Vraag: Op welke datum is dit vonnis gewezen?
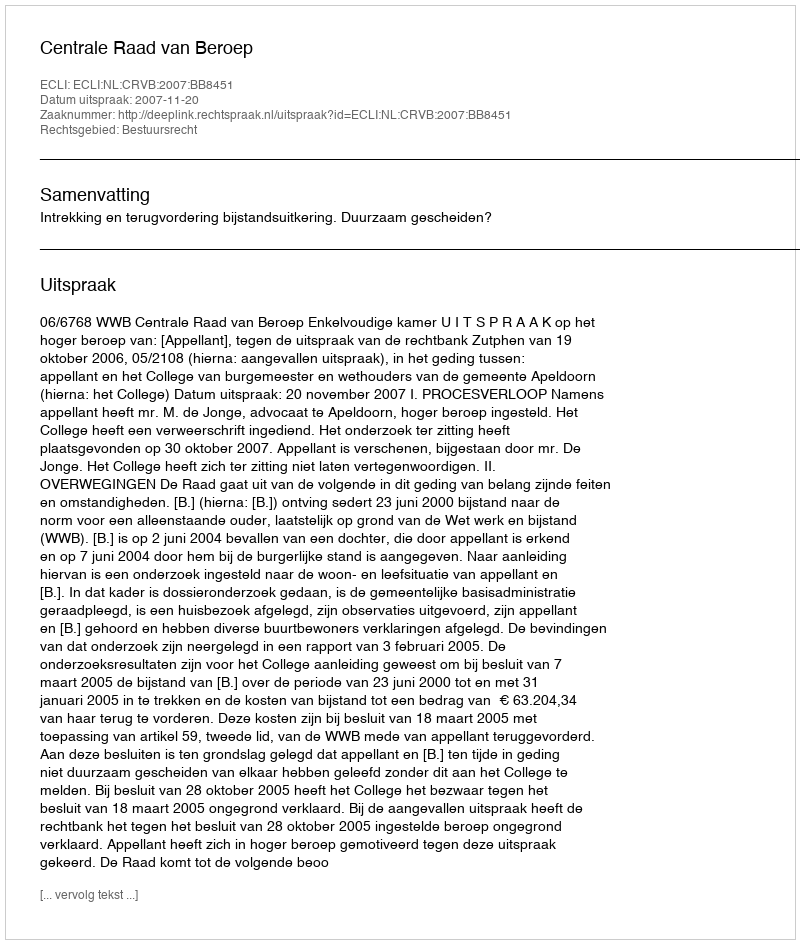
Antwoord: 2007-11-20